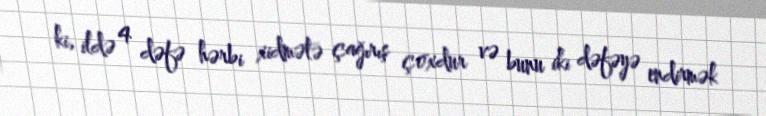
ki, ildə 4 dəfə hərbi xidmətə çağırış çoxdur və bunu iki dəfəyə endirmək